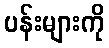
ပန်းများကို